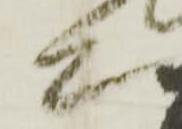
上